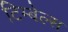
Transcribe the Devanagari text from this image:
टिम्बेल्स